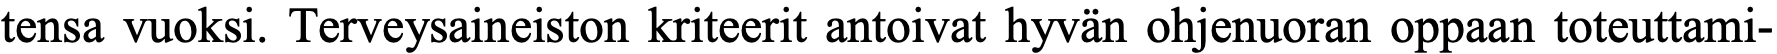
tensa vuoksi. Terveysaineiston kriteerit antoivat hyvän ohjenuoran oppaan toteuttami-